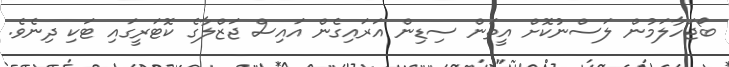
ބޯޖަހާލަމުން ލަސްނުކޮށް އީތަން ސިޑިން އަރައިގެން އައިސް ޖަޒްލާގެ ކޮޓަރީގައި ޓަކި ދިނެވެ.